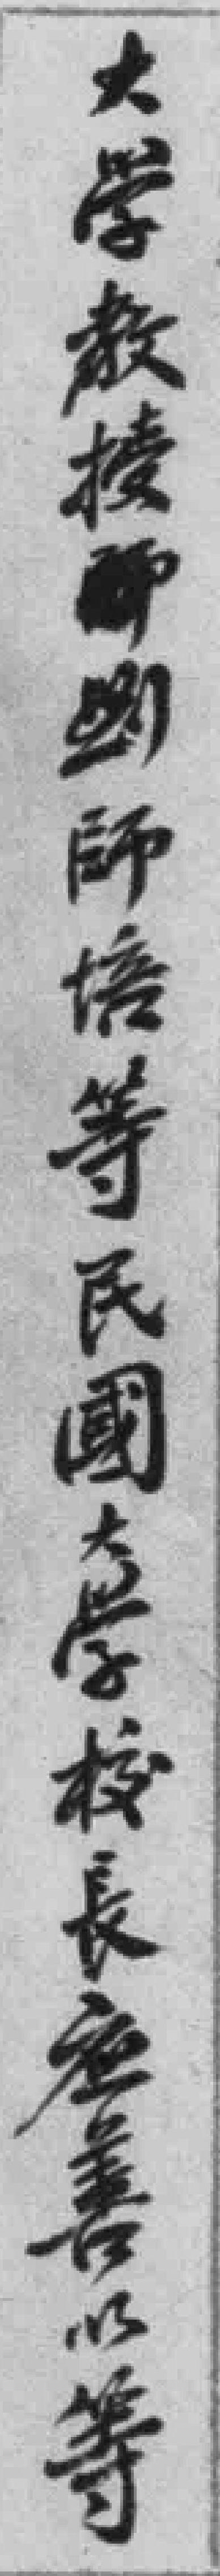
大学教授*劉師培等民國大学校長应善以等